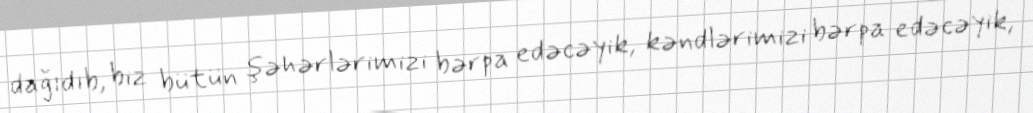
dağıdıb, biz bütün şəhərlərimizi bərpa edəcəyik, kəndlərimizi bərpa edəcəyik,